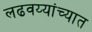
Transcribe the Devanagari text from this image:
लढवय्यांच्यात